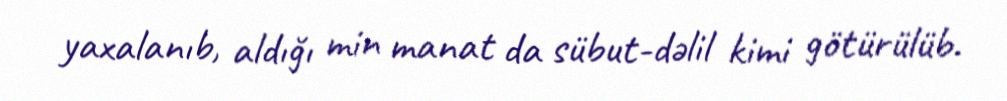
yaxalanıb, aldığı min manat da sübut-dəlil kimi götürülüb.